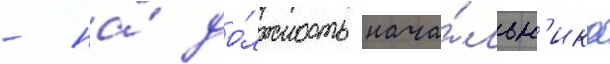
- на́ до́лжность нача́льн'ика